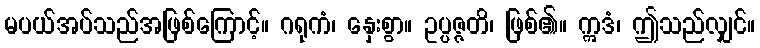
မပယ်အပ်သည်အဖြစ်ကြောင့်။ ဂရုကံ၊ နှေးစွာ။ ဥပ္ပဇ္ဇတိ၊ ဖြစ်၏။ ဣဒံ၊ ဤသည်လျှင်။